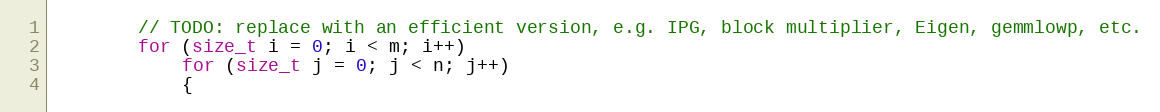
Language: C
        // TODO: replace with an efficient version, e.g. IPG, block multiplier, Eigen, gemmlowp, etc.
        for (size_t i = 0; i < m; i++)
            for (size_t j = 0; j < n; j++)
            {